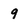
Character: 9